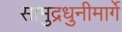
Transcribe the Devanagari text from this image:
सामुद्रधुनीमार्गे